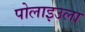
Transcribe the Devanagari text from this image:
पोलाइउला